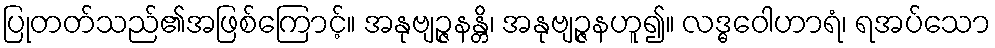
ပြုတတ်သည်၏အဖြစ်ကြောင့်။ အနုဗျဉ္ဇနန္တိ၊ အနုဗျဉ္ဇနဟူ၍။ လဒ္ဓဝေါဟာရံ၊ ရအပ်သော